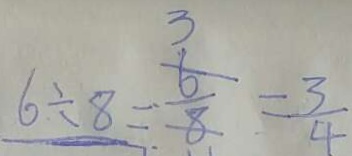
6 \div 8 = \frac { 6 } { 8 } = \frac { 3 } { 4 }